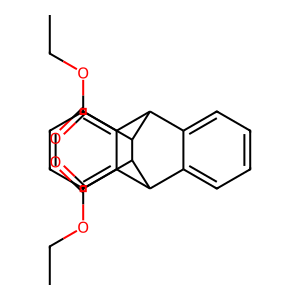
SMILES: CCOC(=O)C1C2c3ccccc3C(c3ccccc32)C1C(=O)OCC
Inhibits HIV replication: No